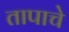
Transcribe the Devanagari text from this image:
तापाचे